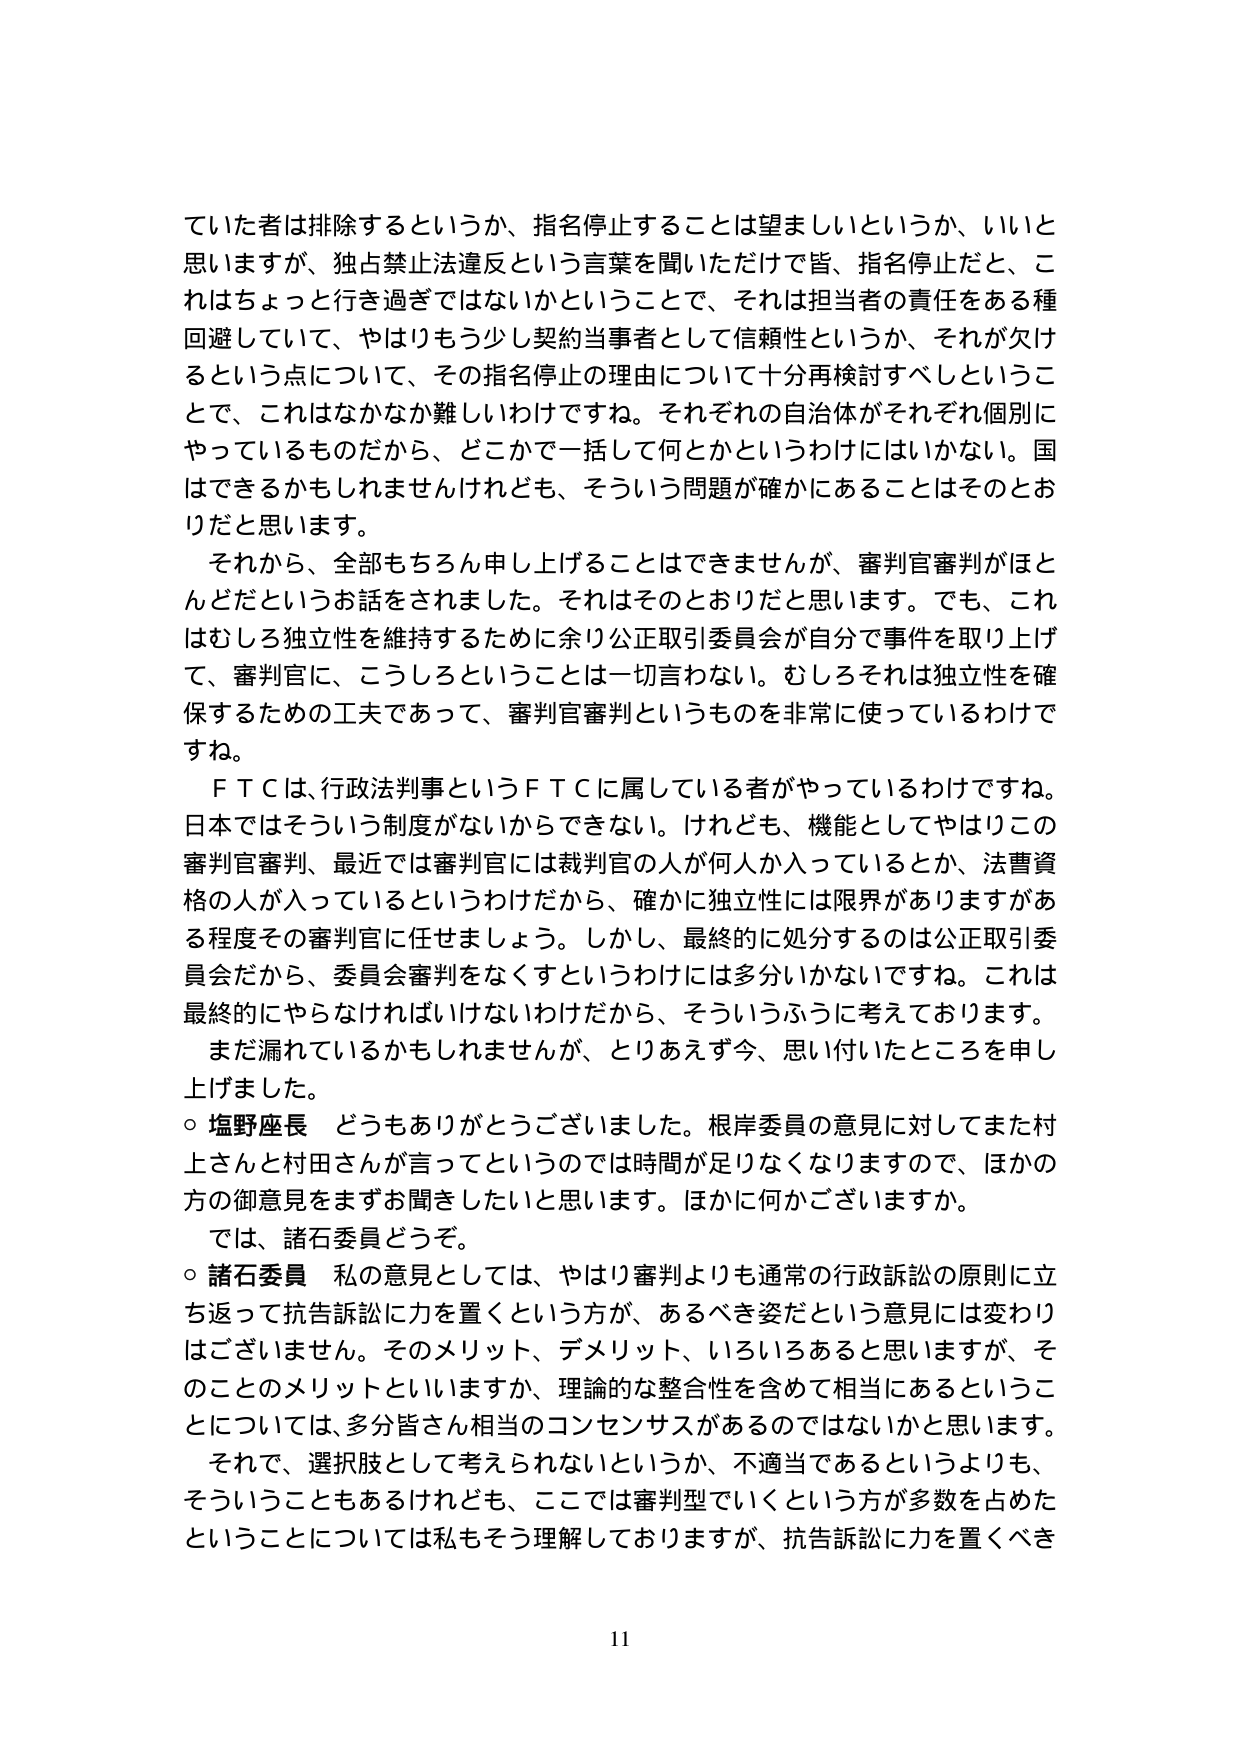
ていた者は排除するというか、指名停止することは望ましいというか、いいと思いますが、独占禁止法違反という言葉を聞いただけで皆、指名停止だと、これはちょっと行き過ぎではないかということで、それは担当者の責任をある種回避していて、やはりもう少し契約当事者として信頼性というか、それが欠けるという点について、その指名停止の理由について十分再検討すべしということで、これはなかなか難しいわけですね。それぞれの自治体がそれぞれ個別にやっているものだから、どこかで一括して何とかというわけにはいかない。国はできるかもしれませんが、そういう問題が確かにあってることはそのとおりだと思います。

それから、全部もちろん申し上げることはできませんが、審判官審判がほとんどだというお話をされました。それはそのとおりだと思います。でも、これはむしろ独立性を維持するために余り公正取引委員会が自分で事件を取り上げて、審判官に、こうしろということは一切言わない。むしろそれは独立性を確保するための工夫であって、審判官審判というものを非常に使っているわけですね。

ＦＴＣは、行政法判事というＦＴＣに属している者がやっているわけですね。日本ではそういう制度がないからできない。けれども、機能としてやはりこの審判官審判、最近では審判官には裁判官の人が何人か入っているとか、法曹資格の人が入っているというわけだから、確かに独立性には限界がありますがある程度その審判官に任せましょう。しかし、最終的に処分するのは公正取引委員会だから、委員会審判をなくすというわけには多分いかないですね。これは最終的にやらなければいけないわけだから、そういうふうに考えております。

まだ漏れているかもしれませんが、とりあえず今、思い付いたところを申し上げました。

○ 塩野座長 どうもありがとうございました。根岸委員の意見に対してまた村上さんと村田さんが言ってというのでは時間が足りなくなりますので、ほかの方の御意見をまずお聞きしたいと思います。ほかに何かございますか。

では、諸石委員どうぞ。

○ 諸石委員 私の意見としては、やはり審判よりも通常の行政訴訟の原則に立ち返って抗告訴訟に力を置くという方が、あるべき姿だという意見には変わりはございません。そのメリット、デメリット、いろいろあると思いますが、そのことのメリットといいますか、理論的な整合性を含めて相当にあるということについては、多分皆さん相当のコンセンサスがあるのではないかと思います。

それで、選択肢として考えられないというか、不適当であるというよりも、そういうこともあるけれども、ここでは審判型でいくという方が多数を占めたということについては私もそう理解しておりますが、抗告訴訟に力を置くべき

11